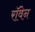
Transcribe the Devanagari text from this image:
रॉवेन